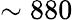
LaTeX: \sim 880